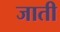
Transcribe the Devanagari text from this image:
जाती